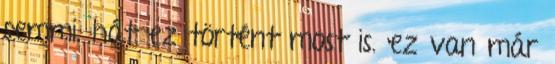
semmi. hát ez történt most is. ez van már